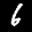
Label: 6